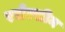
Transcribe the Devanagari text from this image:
रसेल्शीम